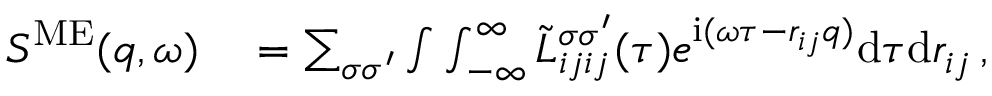
\begin{array} { r l } { S ^ { \mathrm { M E } } ( q , \omega ) } & { { } = \sum _ { \sigma \sigma ^ { \prime } } \int \int _ { - \infty } ^ { \infty } \Tilde { L } _ { i j i j } ^ { \sigma \sigma ^ { \prime } } ( \tau ) e ^ { \mathrm { i } ( \omega \tau - r _ { i j } q ) } \mathrm { d } \tau \mathrm { d } r _ { i j } \, , } \end{array}